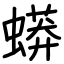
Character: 蟒